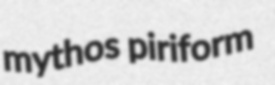
mythos piriform